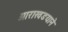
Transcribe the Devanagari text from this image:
आराखडयाने